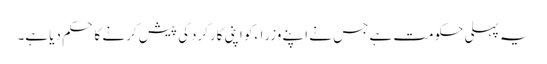
یہ پہلی حکومت ہے جس نے اپنے وزراءکو اپنی کارکردگی پیش کرنے کا حکم دیا ہے۔